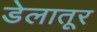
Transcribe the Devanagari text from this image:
डेलातूर